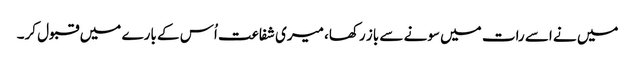
میں نے اسے رات میں سونے سے باز رکھا، میری شفاعت اُس کے بارے میں قبول کر۔